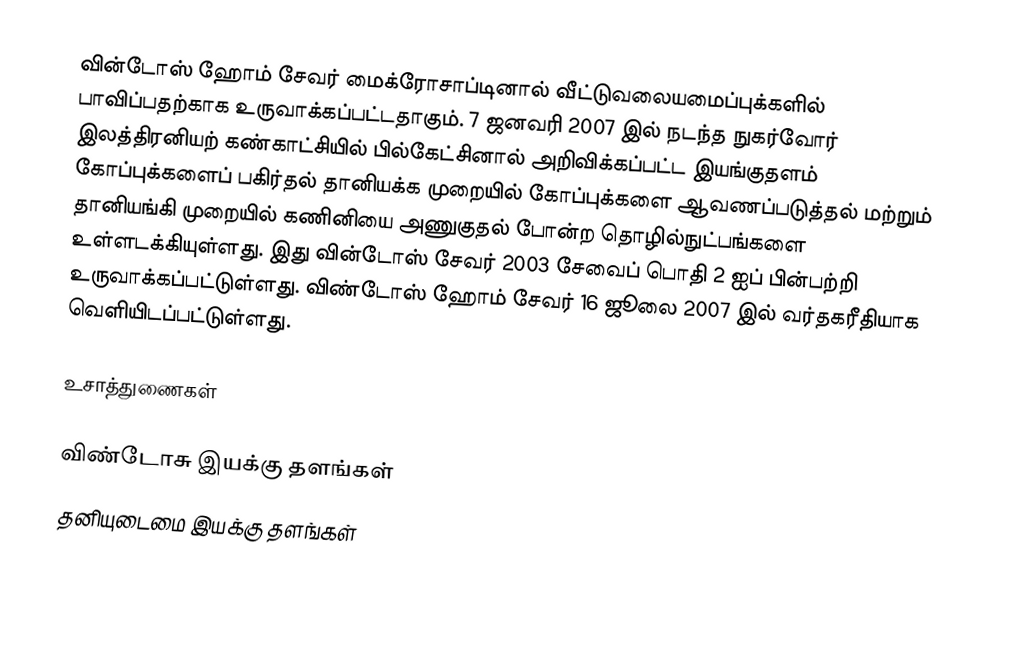
வின்டோஸ் ஹோம் சேவர் மைக்ரோசாப்டினால் வீட்டுவலையமைப்புக்களில் பாவிப்பதற்காக உருவாக்கப்பட்டதாகும். 7 ஜனவரி 2007 இல் நடந்த நுகர்வோர் இலத்திரனியற் கண்காட்சியில் பில்கேட்சினால் அறிவிக்கப்பட்ட இயங்குதளம் கோப்புக்களைப் பகிர்தல் தானியக்க முறையில் கோப்புக்களை ஆவணப்படுத்தல் மற்றும் தானியங்கி முறையில் கணினியை அணுகுதல் போன்ற தொழில்நுட்பங்களை உள்ளடக்கியுள்ளது.  இது வின்டோஸ் சேவர் 2003 சேவைப் பொதி 2 ஐப் பின்பற்றி உருவாக்கப்பட்டுள்ளது. விண்டோஸ் ஹோம் சேவர் 16 ஜூலை 2007 இல் வர்தகரீதியாக வெளியிடப்பட்டுள்ளது.

உசாத்துணைகள்

விண்டோசு இயக்கு தளங்கள்
தனியுடைமை இயக்கு தளங்கள்